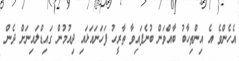
އެހެންވެ އެ އިންތިހާބު ބާއްވަން ބުނެފައިވާ ތާރީހު ފަހަނައަޅައި ދިއުމުން ގައިޑްލައިނަށް ދެން